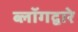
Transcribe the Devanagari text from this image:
ब्लॉगद्वारे